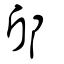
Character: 邤